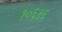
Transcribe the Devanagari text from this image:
१०६४६